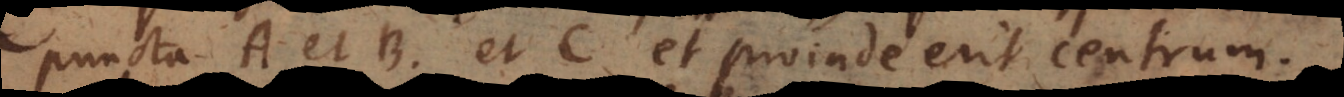
puncta A et B et C et proinde erit centrum.